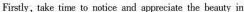
Firstly, take time to notice and appreciate the beauty in